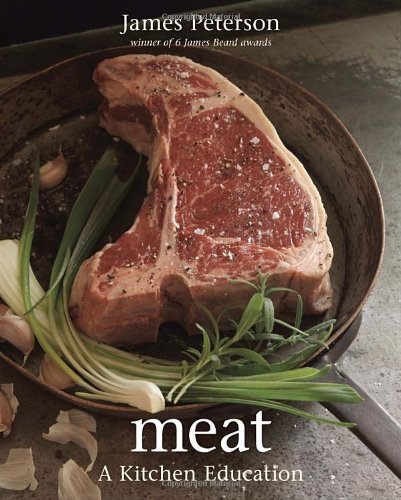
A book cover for Meat: A Kitchen Education; James Peterson; Cookbooks, Food & Wine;